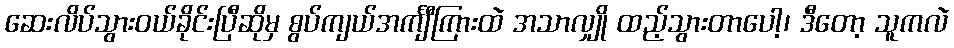
ဆေးလိပ်သွားဝယ်ခိုင်းပြီဆိုမှ စွပ်ကျယ်အင်္ကျီကြားထဲ အသာလျှို ထည့်သွားတာပေါ့၊ ဒီတော့ သူကလဲ